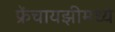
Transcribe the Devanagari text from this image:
फ्रेंचायझीमध्ये